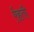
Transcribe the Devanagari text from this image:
र्र्हती